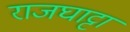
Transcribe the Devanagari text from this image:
राजघाट्टा